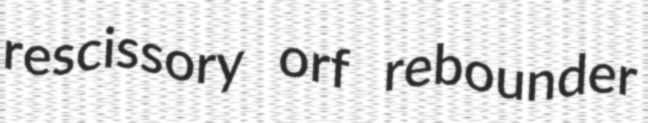
rescissory orf rebounder